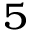
_ { 5 }